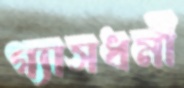
গ্যাসধর্মী